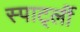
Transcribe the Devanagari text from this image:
स्पार्ट्ली